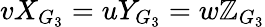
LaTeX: vX_{G_{3}}=uY_{G_{3}}=w\mathbb{Z}_{G_{3}}